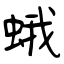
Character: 蛾